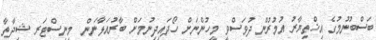
ބަސްބުނުމުގެ އިޚްތިޔާރު އުމުރުން ދުވަސްވީ މީހުންނަށް ހޯދައިދިނުމަށް ބާރުއަޅާނަން  މިނިސްޓަރ ޝިދާތާ